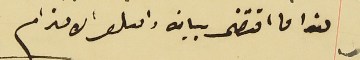
هذا ما اقتضى بيانه واقىلو الاحترام